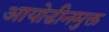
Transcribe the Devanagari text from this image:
आयोडीनमुक्त